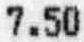
7.50